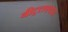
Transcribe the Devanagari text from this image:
बीट्रलएक्स